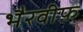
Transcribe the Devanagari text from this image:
भैरवीफ़